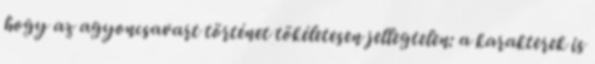
hogy az agyoncsavart történet tökéletesen jellegtelen: a karakterek is